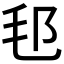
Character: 𣬤